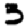
Digit: 3